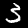
Digit: 3